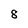
Character: 8